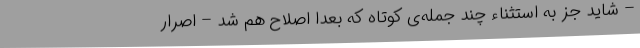
– شاید جز به استثناء چند جمله‌ی کوتاه که بعداً اصلاح هم شد – اصرار